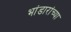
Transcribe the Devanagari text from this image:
भांडारांच्या